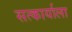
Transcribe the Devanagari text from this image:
सत्कार्याला